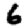
Digit: 6